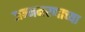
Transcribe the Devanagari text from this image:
जन्ममरणाच्या